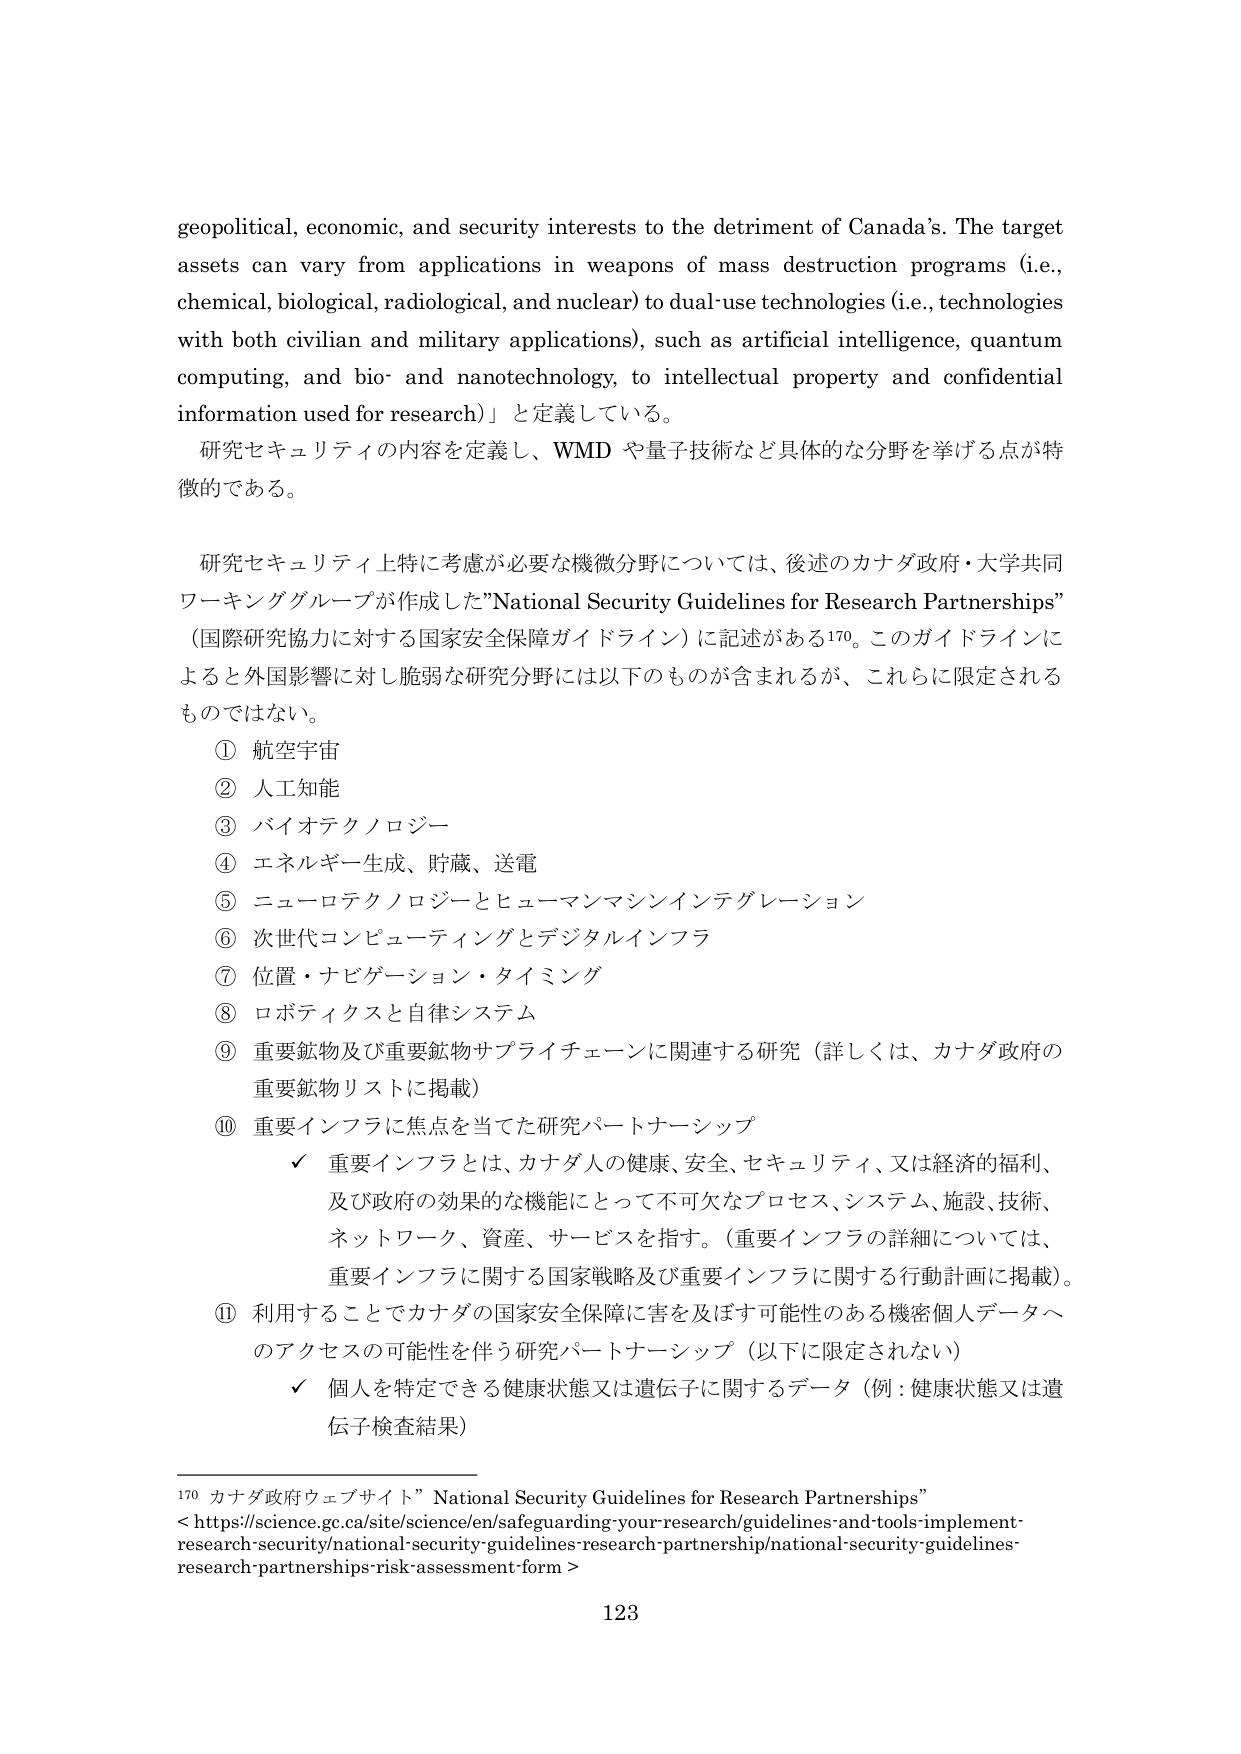
geopolitical, economic, and security interests to the detriment of Canada’s. The target assets can vary from applications in weapons of mass destruction programs (i.e., chemical, biological, radiological, and nuclear) to dual-use technologies (i.e., technologies with both civilian and military applications), such as artificial intelligence, quantum computing, and bio- and nanotechnology, to intellectual property and confidential information used for research)」と定義している。

研究セキュリティの内容を定義し、WMD や量子技術など具体的な分野を挙げる点が特徴的である。

研究セキュリティ上特に考慮が必要な機微分野については、後述のカナダ政府・大学共同ワーキンググループが作成した”National Security Guidelines for Research Partnerships”（国際研究協力に対する国家安全保障ガイドライン）に記述がある170。このガイドラインによると外国影響に対し脆弱な研究分野には以下のものが含まれるが、これらに限定されるものではない。

① 航空宇宙
② 人工知能
③ バイオテクノロジー
④ エネルギー生成、貯蔵、送電
⑤ ニューロテクノロジーとヒューマンマシンインテグレーション
⑥ 次世代コンピューティングとデジタルインフラ
⑦ 位置・ナビゲーション・タイミング
⑧ ロボティクスと自律システム
⑨ 重要鉱物及び重要鉱物サプライチェーンに関連する研究（詳しくは、カナダ政府の重要鉱物リストに掲載）
⑩ 重要インフラに焦点を当てた研究パートナーシップ
　　✓ 重要インフラとは、カナダ人の健康、安全、セキュリティ、又は経済的福利、及び政府の効果的な機能にとって不可欠なプロセス、システム、施設、技術、ネットワーク、資産、サービスを指す。（重要インフラの詳細については、重要インフラに関する国家戦略及び重要インフラに関する行動計画に掲載）。
⑪ 利用することでカナダの国家安全保障に害を及ぼす可能性のある機密個人データへのアクセスの可能性を伴う研究パートナーシップ（以下に限定されない）
　　✓ 個人を特定できる健康状態又は遺伝子に関するデータ（例：健康状態又は遺伝子検査結果）

170 カナダ政府ウェブサイト” National Security Guidelines for Research Partnerships”
< https://science.gc.ca/site/science/en/safeguarding-your-research/guidelines-and-tools-implement-research-security/national-security-guidelines-research-partnership/national-security-guidelines-research-partnerships-risk-assessment-form >

123